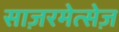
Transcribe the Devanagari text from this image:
साज़रमेत्सेज़